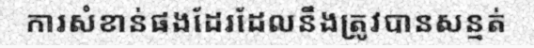
ការសំខាន់ផងដែរដែលនឹងត្រូវបានសន្មត់